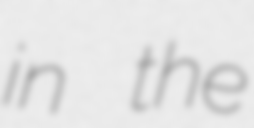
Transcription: in the